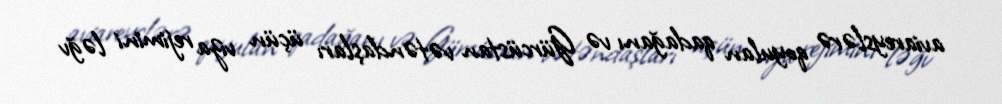
aviareyslərə qoyulan qadağanı və Gürcüstan vətəndaşları üçün viza rejimini ləğv